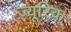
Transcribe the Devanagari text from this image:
ज़्यूरिक